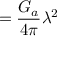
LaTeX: = \displaystyle { { \frac { G _ { a } } { 4 \pi } } \lambda ^ { 2 } }